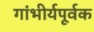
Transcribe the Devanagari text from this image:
गांभीर्यपूर्वक